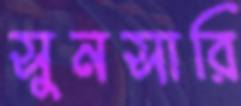
সুনসারি